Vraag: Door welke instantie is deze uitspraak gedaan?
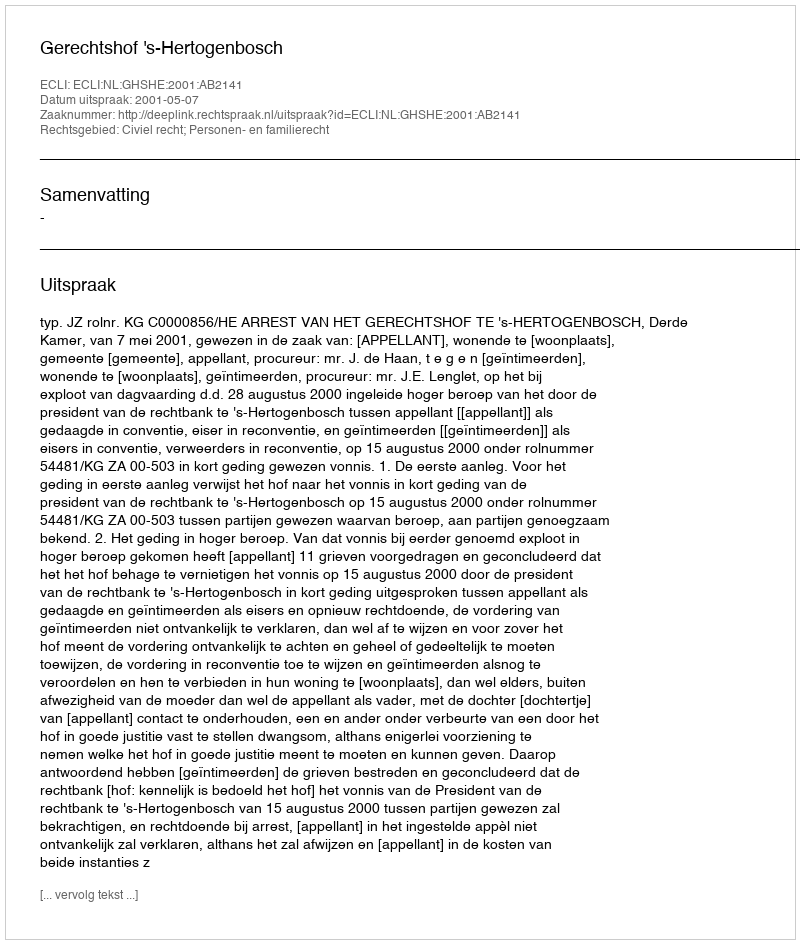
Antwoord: Gerechtshof 's-Hertogenbosch